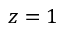
z = 1